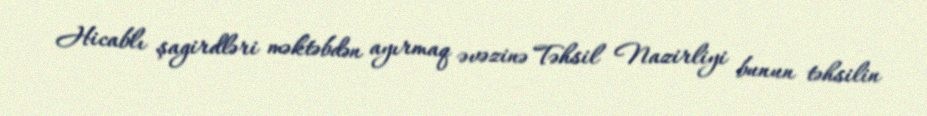
Hicablı şagirdləri məktəbdən ayırmaq əvəzinə Təhsil Nazirliyi bunun təhsilin